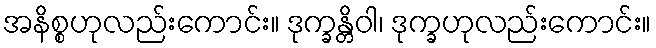
အနိစ္စဟုလည်းကောင်း။ ဒုက္ခန္တိဝါ၊ ဒုက္ခဟုလည်းကောင်း။